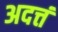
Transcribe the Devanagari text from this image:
अदत्तं